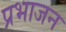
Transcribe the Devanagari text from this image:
प्रभाजन